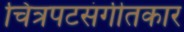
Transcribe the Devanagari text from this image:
चित्रपटसंगीतकार